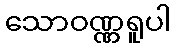
သောဝဏ္ဏရူပါ